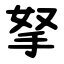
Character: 拏